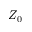
Z _ { 0 }